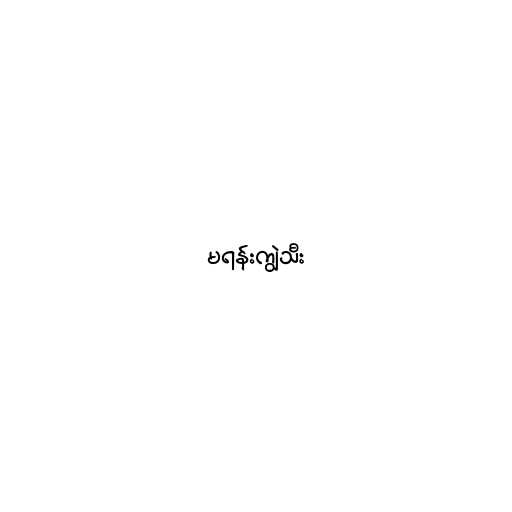
မရန်းကျွဲသီး